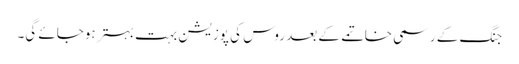
جنگ کے رسمی خاتمے کے بعد روس کی پوزیشن بہت بہتر ہوجائے گی۔